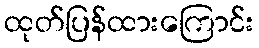
ထုတ်ပြန်ထားကြောင်း